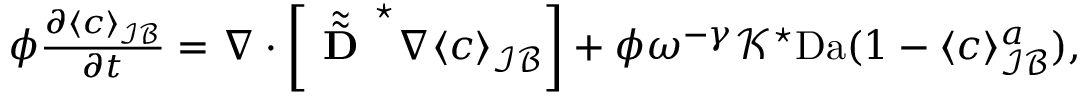
\begin{array} { r l } & { \phi \frac { \partial \langle c \rangle _ { \mathcal { I B } } } { \partial t } = \nabla \cdot \left[ \tilde { \tilde { \textbf { D } } } ^ { \star } \nabla \langle c \rangle _ { \mathcal { I B } } \right] + \phi \omega ^ { - \gamma } \mathcal { K } ^ { \star } \mathrm { D a } ( 1 - \langle c \rangle _ { \mathcal { I B } } ^ { a } ) , } \end{array}